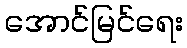
အောင်မြင်ရေး